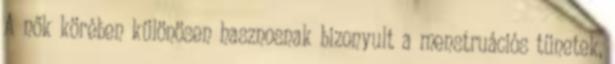
A nők körében különösen hasznosnak bizonyult a menstruációs tünetek,